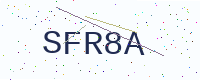
Text: SFR8A